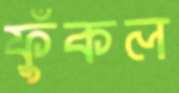
ফুঁকল